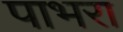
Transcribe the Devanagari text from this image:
पाभरा